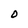
Character: O